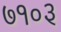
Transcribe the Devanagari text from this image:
७१०३